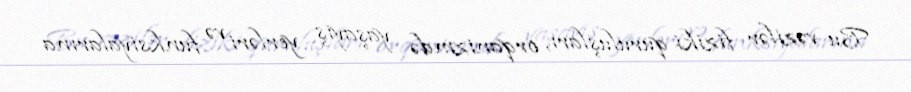
Bu vəzilər fiziki quruluşları, orqanizmdə yaşayış yerləri və funksiyalarına